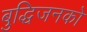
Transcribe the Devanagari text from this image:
बुद्धिजनको